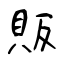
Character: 販